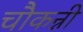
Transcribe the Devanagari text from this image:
चौकन्नी